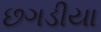
છગડીયા